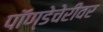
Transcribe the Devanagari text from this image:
पॉण्डेचेरीवर